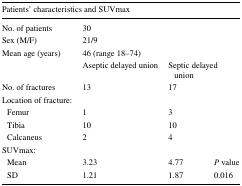
<table><thead><tr><td colspan="4"><b>Patients’ characteristics and SUVmax</b></td></tr></thead><tbody><tr><td>No. of patients</td><td colspan="3">30</td></tr><tr><td>Sex (M/F)</td><td colspan="3">21/9</td></tr><tr><td>Mean age (years)</td><td colspan="3">46 (range 18–74)</td></tr><tr><td></td><td>Aseptic delayed union</td><td colspan="2">Septic delayed union</td></tr><tr><td>No. of fractures</td><td>13</td><td colspan="2">17</td></tr><tr><td>Location of fracture:</td><td></td><td colspan="2"></td></tr><tr><td> Femur</td><td>1</td><td colspan="2">3</td></tr><tr><td> Tibia</td><td>10</td><td colspan="2">10</td></tr><tr><td> Calcaneus</td><td>2</td><td colspan="2">4</td></tr><tr><td>SUVmax:</td><td></td><td></td><td></td></tr><tr><td> Mean</td><td>3.23</td><td>4.77</td><td><i>P</i> value</td></tr><tr><td> SD</td><td>1.21</td><td>1.87</td><td>0.016</td></tr></tbody></table>